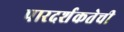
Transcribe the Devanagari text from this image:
पारदर्शकतेची